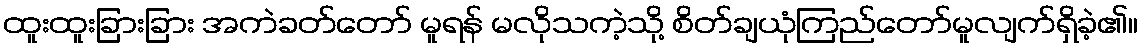
ထူးထူးခြားခြား အကဲခတ်တော် မူရန် မလိုသကဲ့သို့ စိတ်ချယုံကြည်တော်မူလျက်ရှိခဲ့၏။